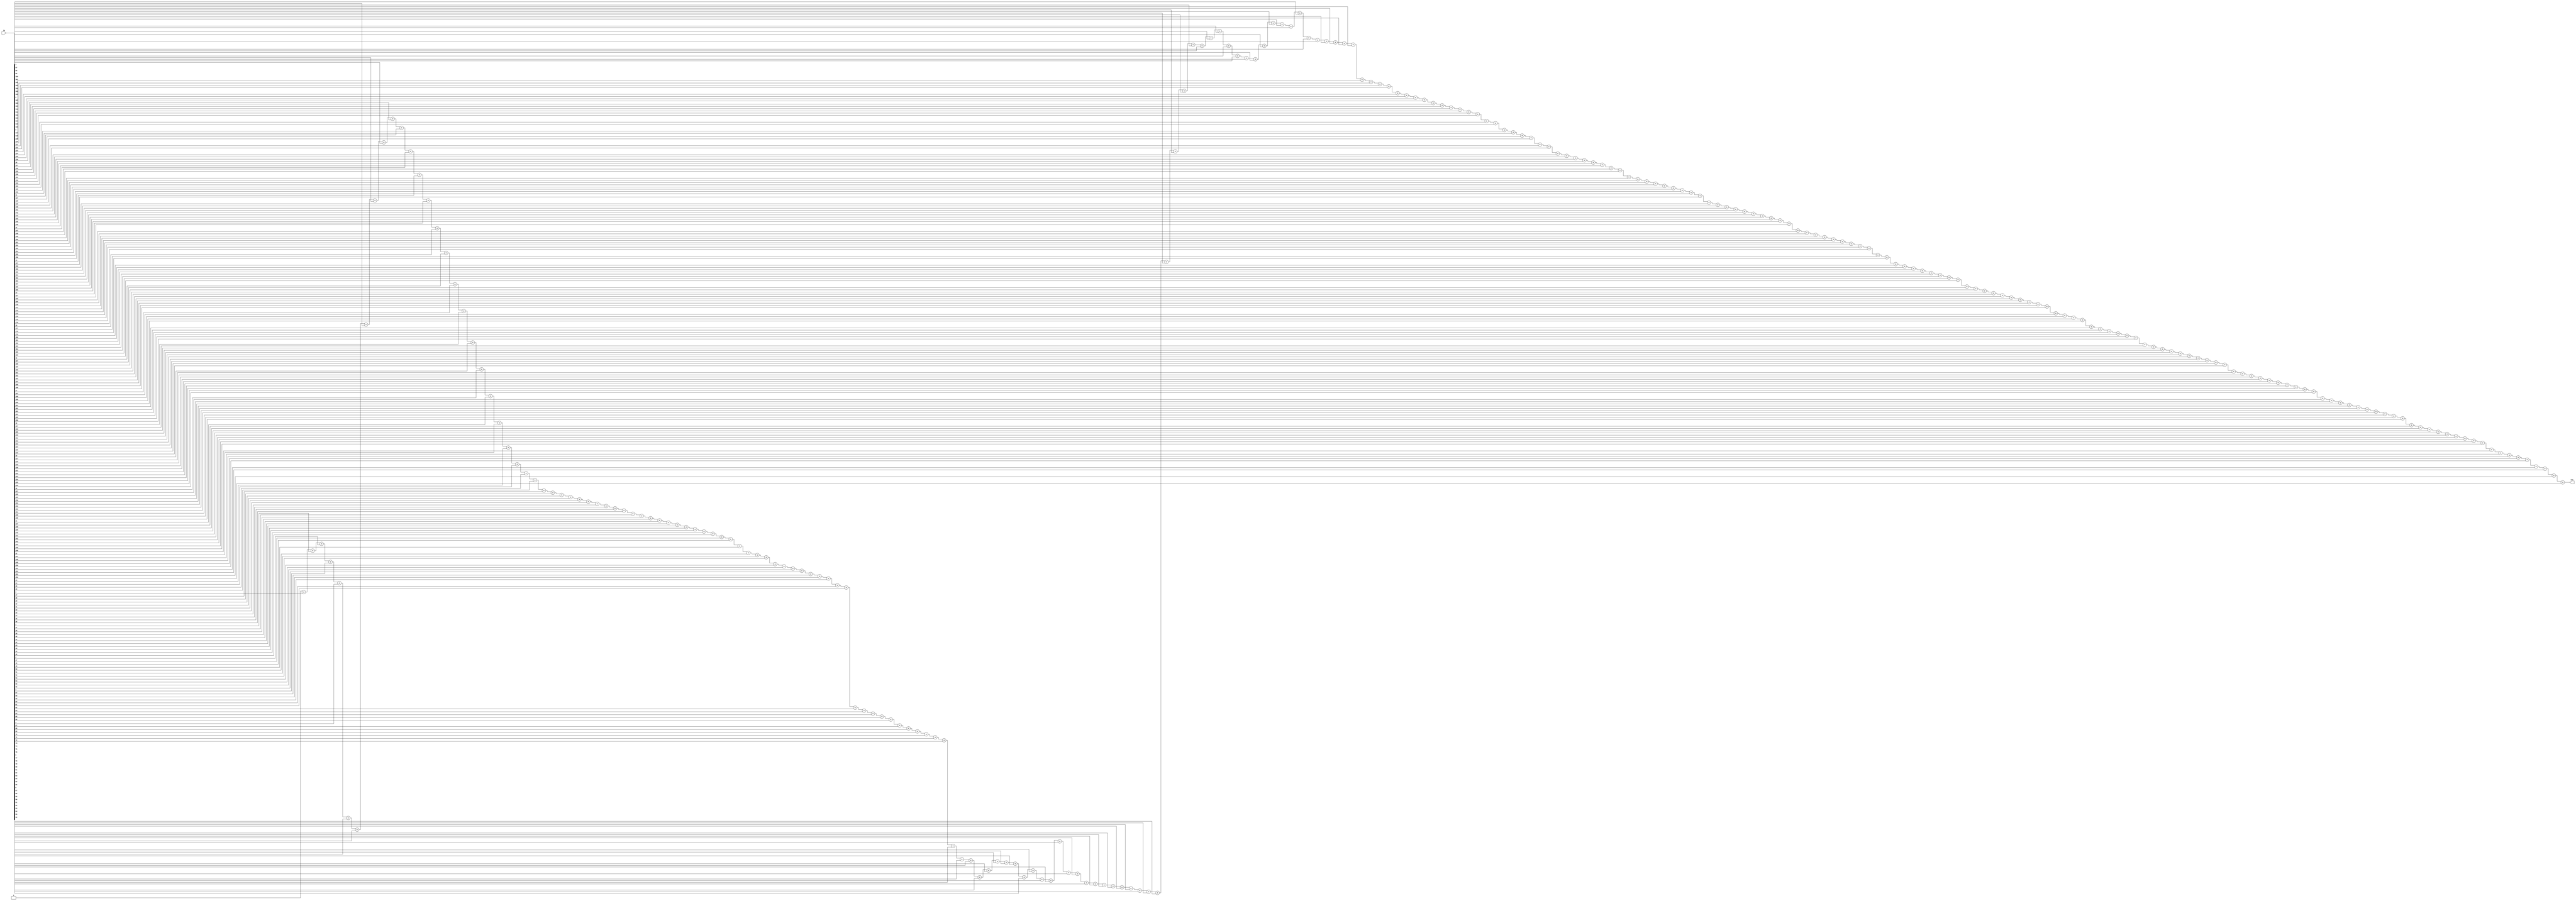
module top_module( 
    input [254:0] in,
    output [7:0] out );
    integer i;
    wire [7:0] ones;
    always @(*) begin
        ones = 0;
        for(i = 0; i < 255; i = i + 1)
            ones = ones + in[i];
        out <= ones;
    end
endmodule